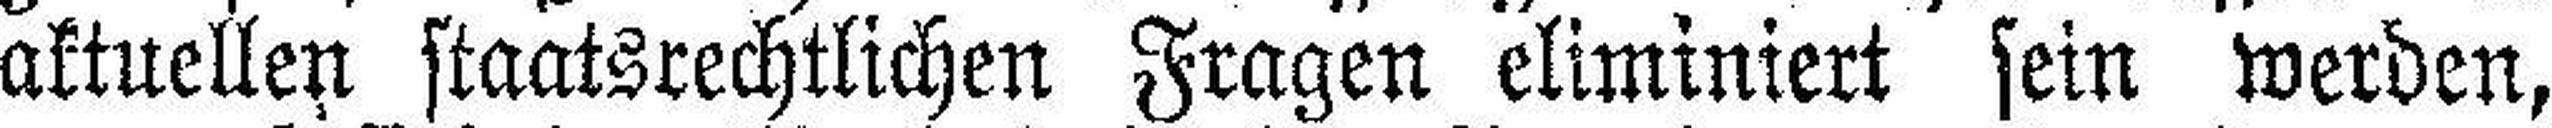
aktuellen staatsrechtlichen Fragen eliminiert sein werden,